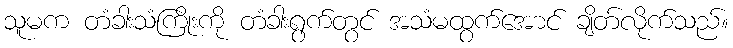
သူမက တံခါးသံကြိုးကို တံခါးရွက်တွင် အသံမထွက်အောင် ချိတ်လိုက်သည်။